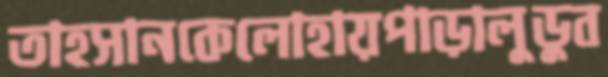
তাহসানকেলোহায়পাড়ালুডুব